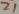
Text: Z1